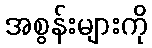
အစွန်းများကို